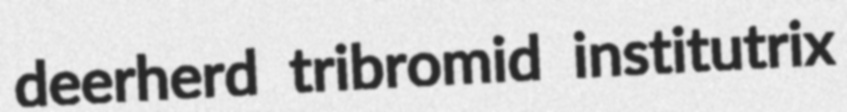
deerherd tribromid institutrix